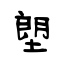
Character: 塱